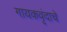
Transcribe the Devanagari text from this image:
गायकवृंदाचे